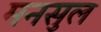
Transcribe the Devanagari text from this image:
मनसुल